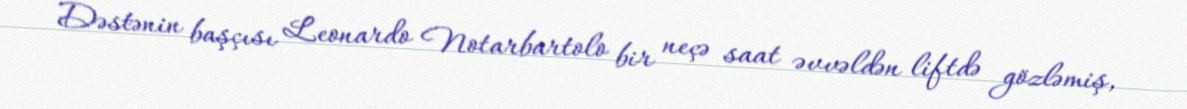
Dəstənin başçısı Leonardo Notarbartolo bir neçə saat əvvəldən liftdə gözləmiş,